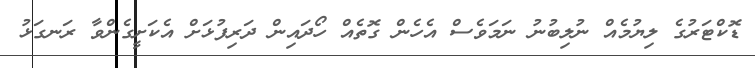
ޑޮކްޓަރުގެ ލިޔުމެއް ނުލިބުނު ނަމަވެސް އެހެން ގޮތެއް ހޯދައިން ދަރިފުޅަށް އެކަށީގެންވާ ރަނގަޅު